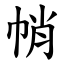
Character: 帩